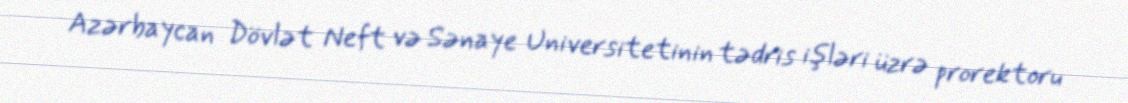
Azərbaycan Dövlət Neft və Sənaye Universitetinin tədris işləri üzrə prorektoru